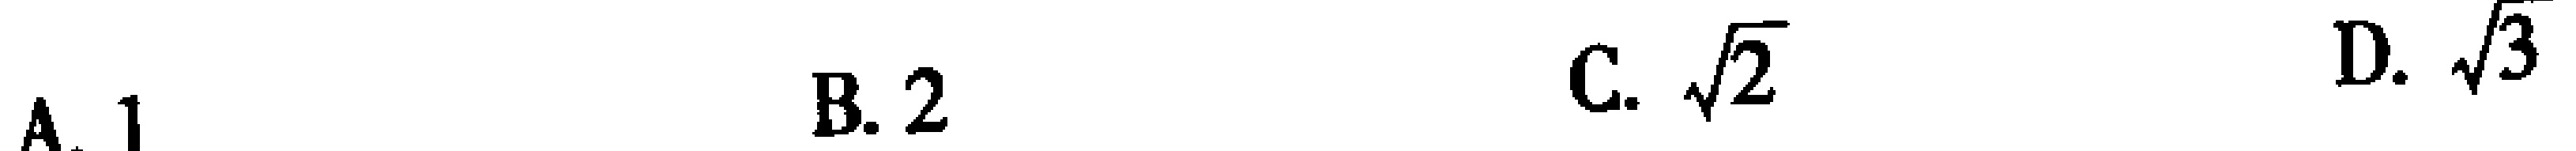
A. 1  B. 2  C. $\sqrt{2}$  D. $\sqrt{3}$